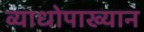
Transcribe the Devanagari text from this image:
व्याधोपाख्यान